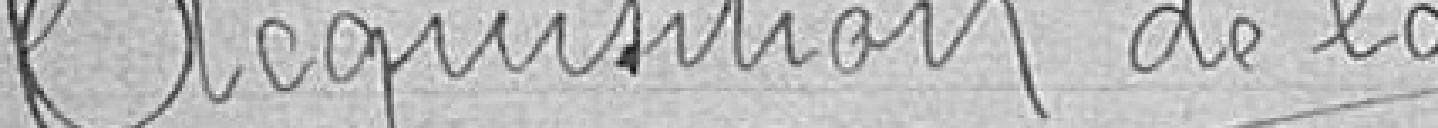
Acquisition de la